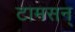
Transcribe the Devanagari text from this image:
टामसन्